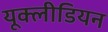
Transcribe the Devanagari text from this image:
यूक्लीडियन